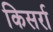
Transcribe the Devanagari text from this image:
किसर्रा